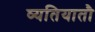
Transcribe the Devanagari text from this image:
व्यतियातौ